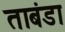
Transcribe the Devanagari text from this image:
ताबंडा